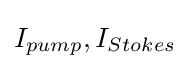
I_{pump},I_{Stokes}